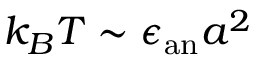
k _ { B } T \sim \epsilon _ { \mathrm { a n } } a ^ { 2 }